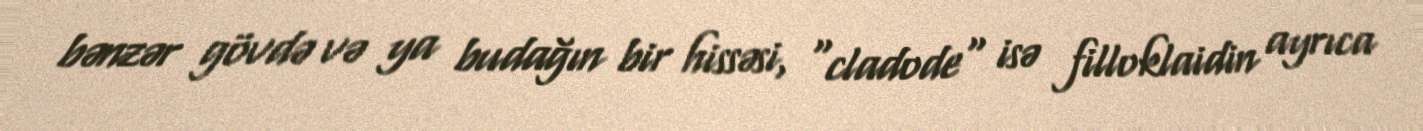
bənzər gövdə və ya budağın bir hissəsi, "cladode" isə filloklaidin ayrıca